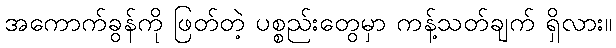
အကောက်ခွန်ကို ဖြတ်တဲ့ ပစ္စည်းတွေမှာ ကန့်သတ်ချက် ရှိလား။